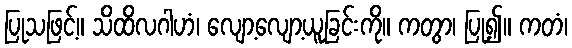
ပြုသဖြင့်။ သိထိလဂါဟံ၊ လျော့လျော့ယူခြင်းကို။ ကတွာ၊ ပြု၍။ ကတံ၊